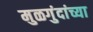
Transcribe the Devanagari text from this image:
मुळगुंदांच्या